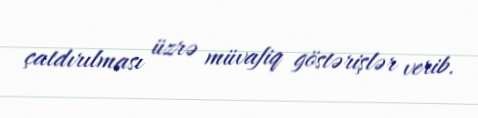
çatdırılması üzrə müvafiq göstərişlər verib.